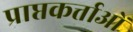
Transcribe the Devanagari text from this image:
प्राप्तकर्त्ताओं